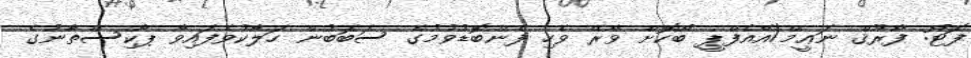
ފޮޓޯ: ފާރޫޤް ނަޢީމް/އޭއެފްޕީ ބޯކޮށް ވާރޭ ވެހި ފެންބޮޑުވުމުގެ ސަބަބުން ހަލާކުވެފައިވާ ޕާކިސްތާނުގެ